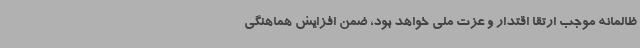
ظالمانه موجب ارتقا اقتدار و عزت ملی خواهد بود، ضمن افزایش هماهنگی